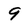
Character: 9